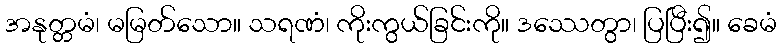
အနုတ္တမံ၊ မမြတ်သော။ သရဏံ၊ ကိုးကွယ်ခြင်းကို။ ဒဿေတွာ၊ ပြပြီး၍။ ခေမံ